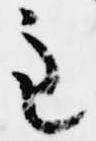
主